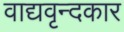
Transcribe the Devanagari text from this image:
वाद्यवृन्दकार